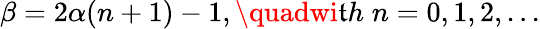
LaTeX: \beta=2\alpha(n+1)-1,\quadwi\mathfrak{t}h\; n=0,1,2,...